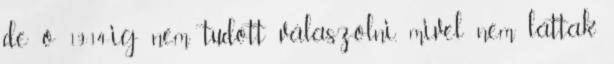
de ő 19:14-ig nem tudott válaszolni, mivel nem láttak